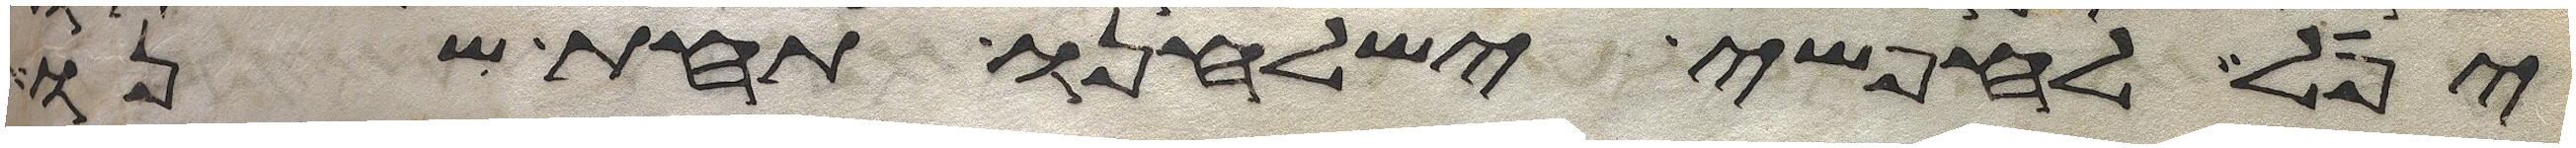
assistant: יפל לחפשי ישלחנו תחת שנו